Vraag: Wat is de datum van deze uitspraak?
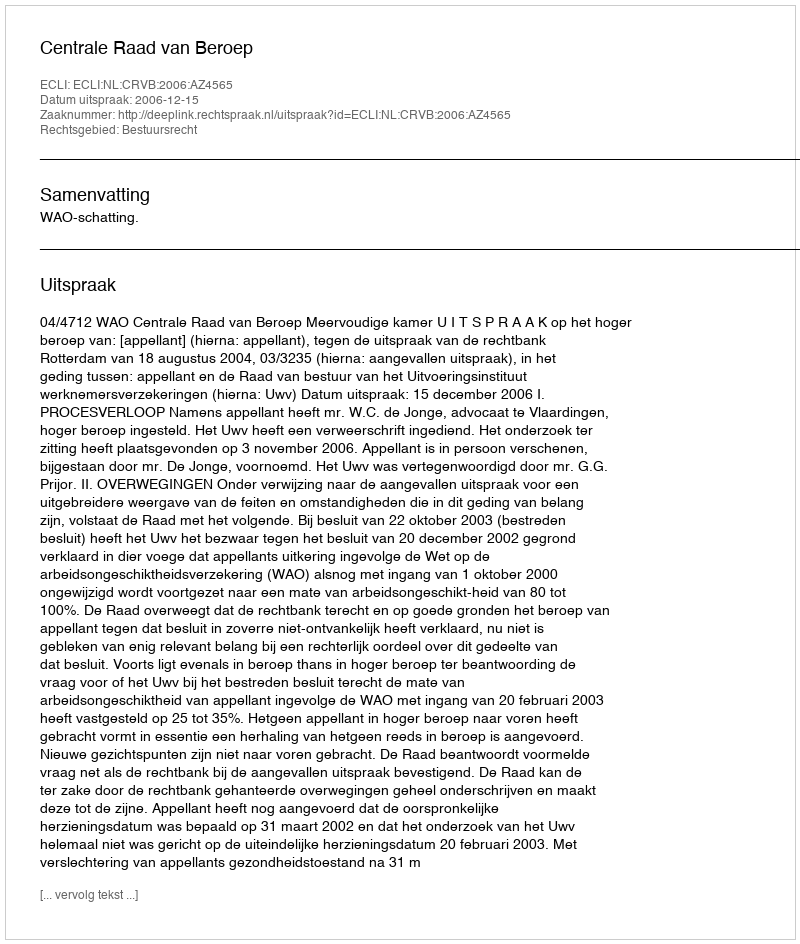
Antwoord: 2006-12-15